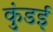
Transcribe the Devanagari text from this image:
कुंडई